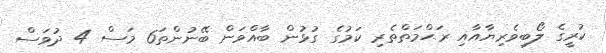
ކުރީގެ ލޯބިވެރިޔާއާއި ރަޙްމަތްތެރި ކަމުގެ ގުޅުން ބާއްވަން ބޭނުންތަ6 މަސް 4 ދުވަސް